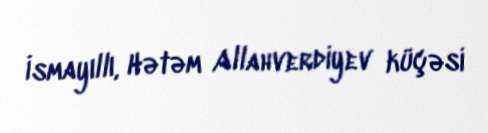
İsmayıllı, Hətəm Allahverdiyev küçəsi